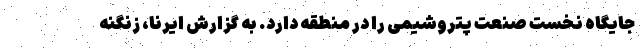
جایگاه نخست صنعت پتروشیمی را در منطقه دارد. به گزارش ایرنا، زنگنه